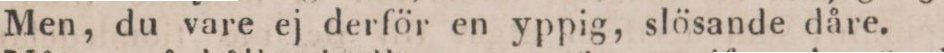
Men, du vare ej derför en yppig, slösande dåre.